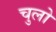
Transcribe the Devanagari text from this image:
चुलो